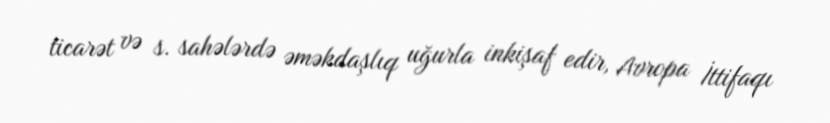
ticarət və s. sahələrdə əməkdaşlıq uğurla inkişaf edir, Avropa İttifaqı